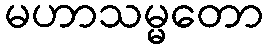
မဟာသမ္မတော